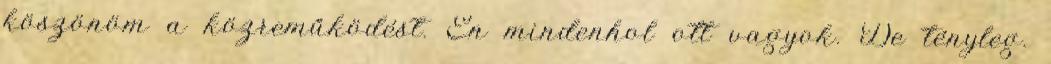
köszönöm a közreműködést. Én mindenhol ott vagyok. De tényleg.